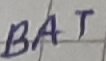
Text: BAT